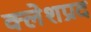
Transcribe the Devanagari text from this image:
क्लेशप्रद